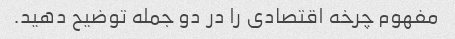
مفهوم چرخه اقتصادی را در دو جمله توضیح دهید.